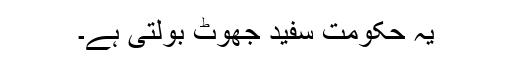
یہ حکومت سفید جھوٹ بولتی ہے۔